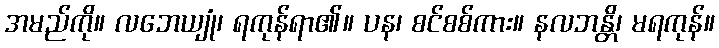
အမည်ကို။ လဘေယျုံ၊ ရကုန်ရာ၏။ ပန၊ စင်စစ်ကား။ နလဘန္တိ၊ မရကုန်။